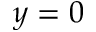
y = 0